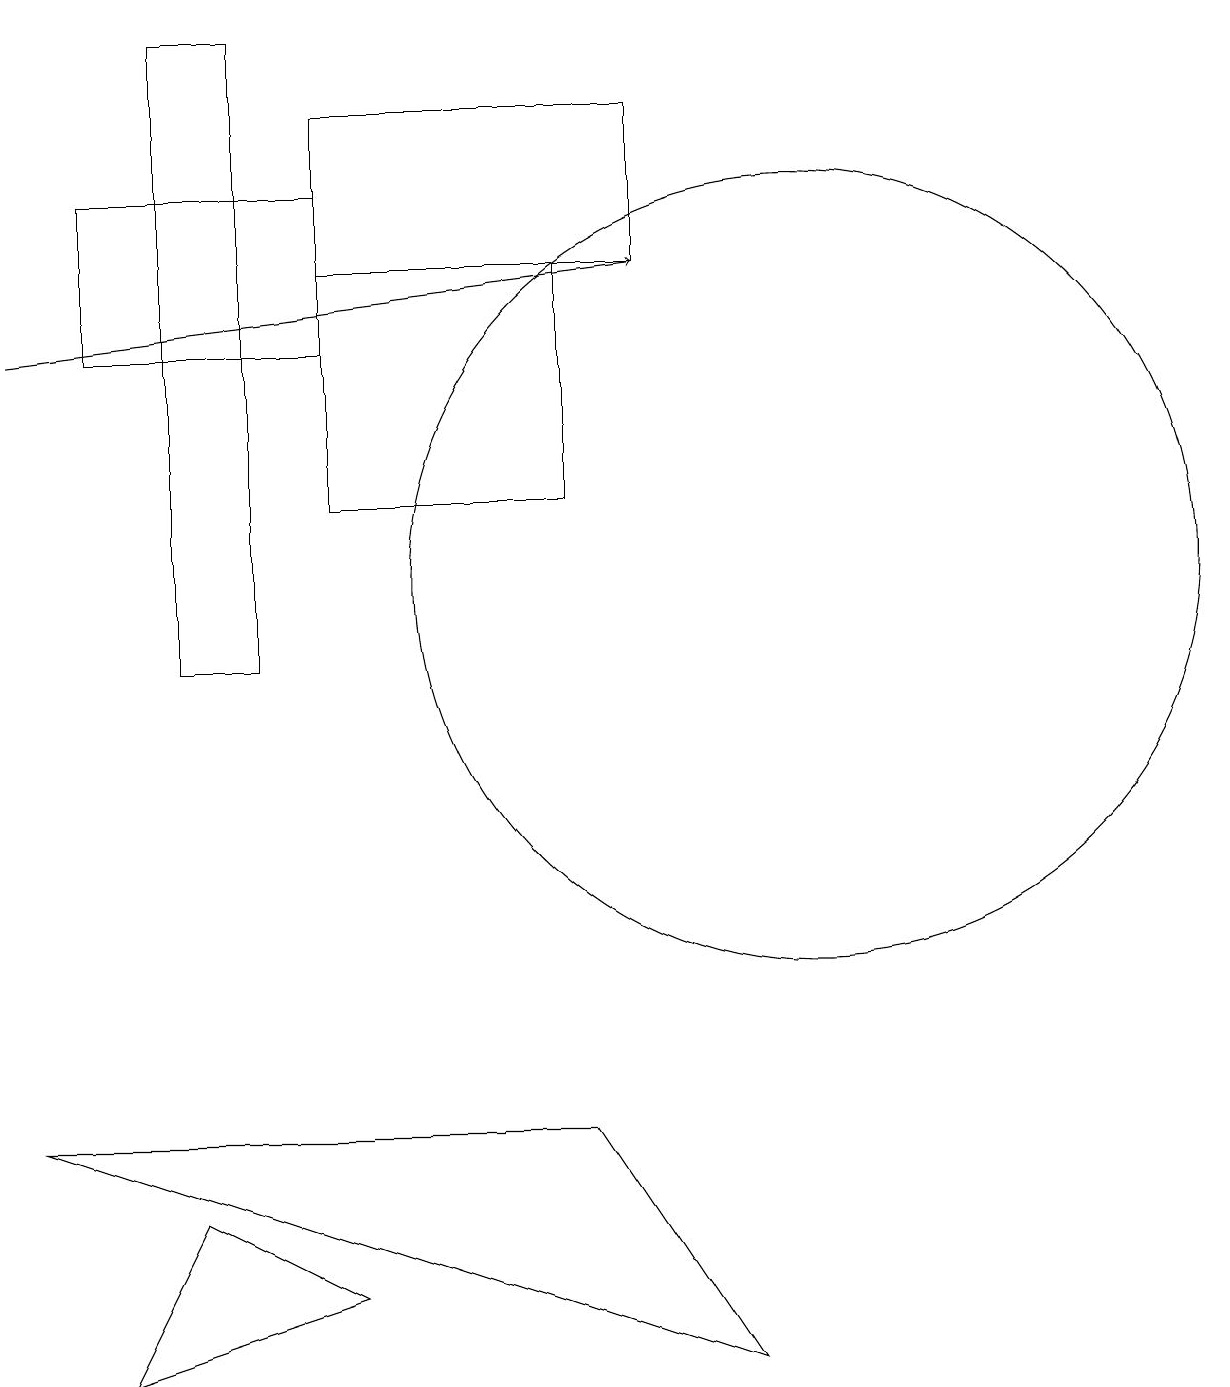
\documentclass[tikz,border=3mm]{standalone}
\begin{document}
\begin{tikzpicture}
\draw (7,13) rectangle (4,16);
\draw (10,12) circle (5);
\draw (2,11) rectangle (3,19);
\draw (4,15) rectangle (1,17);
\draw (0,5) -- (7,5) -- (9,2) -- cycle;
\draw[->] (0,15) -- (8,16);
\draw (2,4) -- (1,2) -- (4,3) -- cycle;
\draw (4,18) rectangle (8,16);
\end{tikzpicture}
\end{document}